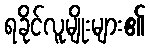
ရခိုင်လူမျိုးများ၏